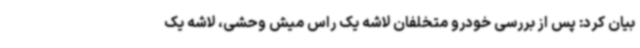
بیان کرد: پس از بررسی خودرو متخلفان لاشه یک راس میش وحشی، لاشه یک